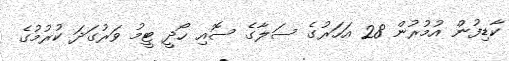
ކާޑިފުން އުމުރުން 28 އަހަރުގެ ސަލާގެ ސޮއި ހޯދީ ޓީމު ވަރުގަދަ ކުރުމުގެ